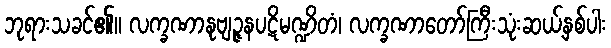
ဘုရားသခင်၏။ လက္ခဏာနုဗျဉ္ဇနပဋိမဏ္ဍိတံ၊ လက္ခဏာတော်ကြီးသုံးဆယ့်နှစ်ပါး